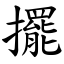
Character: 擺